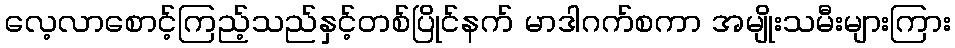
လေ့လာစောင့်ကြည့်သည်နှင့်တစ်ပြိုင်နက် မာဒါဂက်စကာ အမျိုးသမီးများကြား